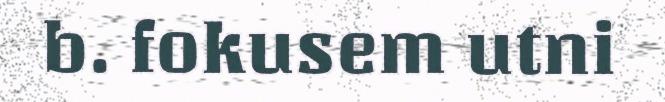
b. fokusem utni